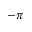
- \pi